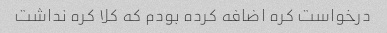
درخواست کره اضافه کرده بودم که کلا کره نداشت